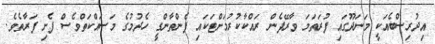
އިދުރިސްބެއަކީ މަނަދޫގައި ފުރަތަމަ ވާރޭފެން ރައްކާކުރުމަށްޓަކައި ފެންތާންގީ ހެދުމުގެ މަސައްކަތްވެސް ފެށި ފަރާތެވެ.